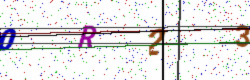
Text: 0R23